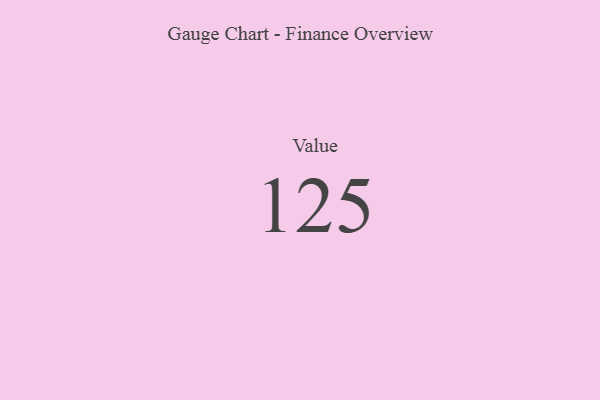
{"axis": {"x": "Metric", "y": "Value"}, "legend": [""], "data": [{"x": "Value", "y": 125, "type": ""}]}